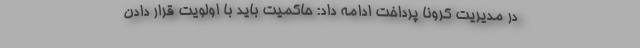
در مدیریت کرونا پرداخت ادامه داد: حاکمیت باید با اولویت قرار دادن